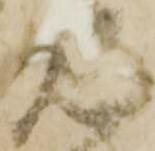
見